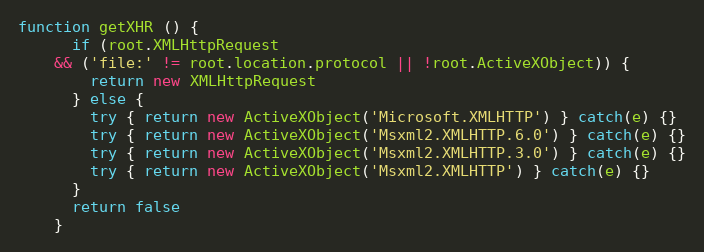
Language: JavaScript
function getXHR () {
      if (root.XMLHttpRequest
    && ('file:' != root.location.protocol || !root.ActiveXObject)) {
        return new XMLHttpRequest
      } else {
        try { return new ActiveXObject('Microsoft.XMLHTTP') } catch(e) {}
        try { return new ActiveXObject('Msxml2.XMLHTTP.6.0') } catch(e) {}
        try { return new ActiveXObject('Msxml2.XMLHTTP.3.0') } catch(e) {}
        try { return new ActiveXObject('Msxml2.XMLHTTP') } catch(e) {}
      }
      return false
    }